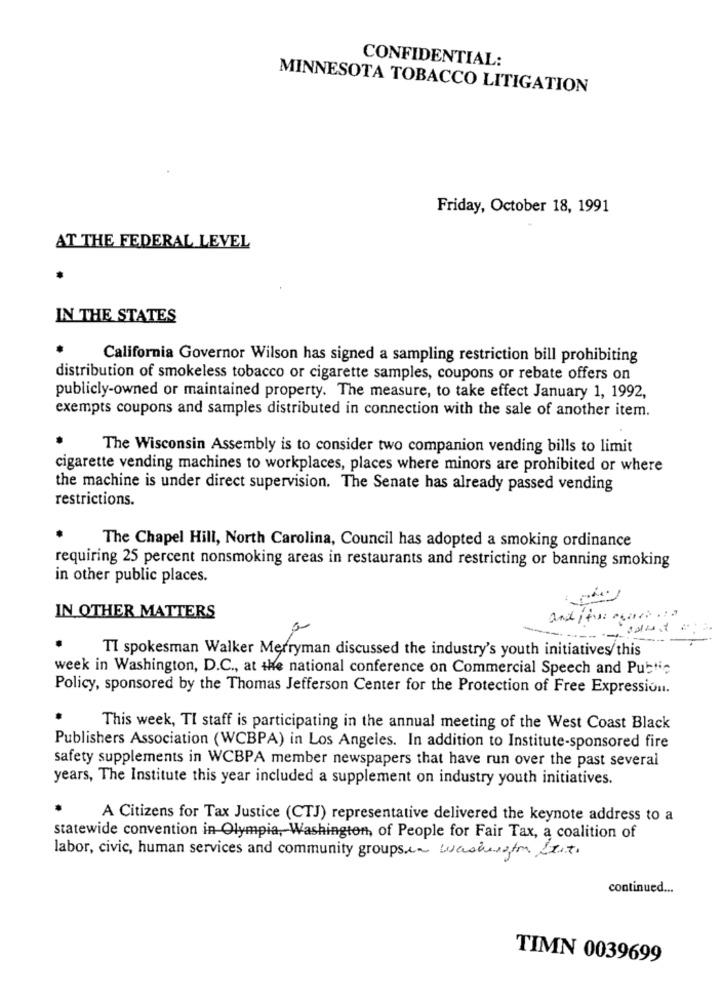
CONFIDENTIAL:
MINNESOTA TOBACCO LITIGATION
Friday, October 18, 1991
AT THE FEDERAL LEVEL
IN THE STATES
California Governor Wilson has signed a sampling restriction bill prohibiting
distribution of smokeless tobacco or cigarette samples, coupons or rebate offers on
publicly-owned or maintained property. The measure, to take effect January 1, 1992,
exempts coupons and samples distributed in connection with the sale of another item.
The Wisconsin Assembly is to consider two companion vending bills to limit
cigarette vending machines to workplaces, places where minors are prohibited or where
the machine is under direct supervision. The Senate has already passed vending
restrictions.
The Chapel Hill, North Carolina, Council has adopted a smoking ordinance
requiring 25 percent nonsmoking areas in restaurants and restricting or banning smoking
in other public places.
IN OTHER MATTERS
and itve agora .na
TI spokesman Walker Merryman discussed the industry's youth initiatives/this
week in Washington, D.C ., at the national conference on Commercial Speech and Public
Policy, sponsored by the Thomas Jefferson Center for the Protection of Free Expression.
This week, TI staff is participating in the annual meeting of the West Coast Black
Publishers Association (WCBPA) in Los Angeles. In addition to Institute-sponsored fire
safety supplements in WCBPA member newspapers that have run over the past several
years, The Institute this year included a supplement on industry youth initiatives.
A Citizens for Tax Justice (CTJ) representative delivered the keynote address to a
statewide convention in Olympia, Washington, of People for Fair Tax, a coalition of
labor, civic, human services and community groupsen washington List.
continued ...
TIMN 0039699